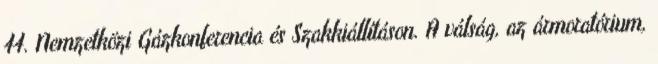
44. Nemzetközi Gázkonferencia és Szakkiállításon. A válság, az ármoratórium,